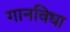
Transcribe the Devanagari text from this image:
गानविधा